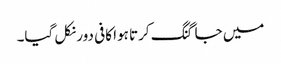
میں جاگنگ کرتا ہوا کافی دور نکل گیا۔